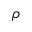
\rho